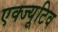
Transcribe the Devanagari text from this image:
एक्ज्यूटिव